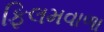
ફિલમવાળા